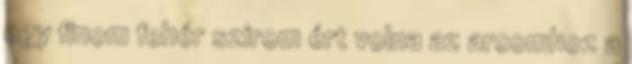
egy finom fehér szirom ért volna az arcomhoz a